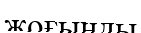
жоғынды